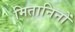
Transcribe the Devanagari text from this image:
मितानिनों